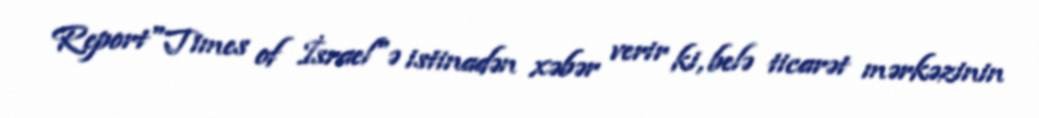
Report"Times of İsrael"ə istinadən xəbər verir ki, belə ticarət mərkəzinin